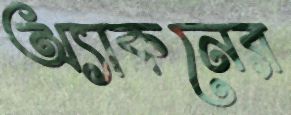
অ্যাকনের